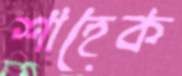
শাহেক